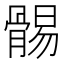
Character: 䯜